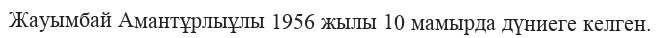
Жауымбай Амантұрлыұлы 1956 жылы 10 мамырда дүниеге келген.